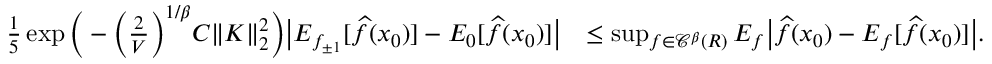
\begin{array} { r l } { \frac 1 5 \exp \bigg ( - \Big ( \frac 2 V \Big ) ^ { 1 / \beta } C \| K \| _ { 2 } ^ { 2 } \bigg ) \big | E _ { f _ { \pm 1 } } [ \widehat f ( x _ { 0 } ) ] - E _ { 0 } [ \widehat f ( x _ { 0 } ) ] \big | } & { \leq \operatorname* { s u p } _ { f \in { \mathscr C } ^ { \beta } ( R ) } E _ { f } \big | \widehat f ( x _ { 0 } ) - E _ { f } [ \widehat f ( x _ { 0 } ) ] \big | . } \end{array}